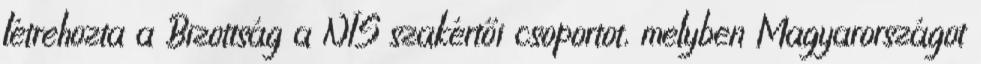
létrehozta a Bizottság a NIS szakértői csoportot, melyben Magyarországot